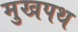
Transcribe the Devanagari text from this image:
मुखपथ